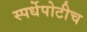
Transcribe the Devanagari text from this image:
स्पर्धेपोटीच